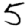
Digit: 5